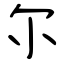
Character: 尔